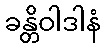
ခန္တိဝါဒါနံ